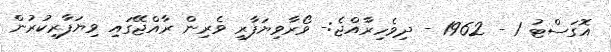
އޮގަސްޓު 1 - 1962 - ދިވެހިރާއްޖެ:- ވޯރާވިޔަފާރި ވެރިން ރާއްޖޭގައި ވިޔަފާރިކުރުން